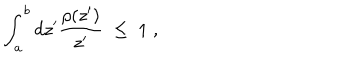
\int _ { a } ^ { b } d z ^ { \prime } { \frac { \rho ( z ^ { \prime } ) } { z ^ { \prime } } } \; \leq \; 1 \; ,